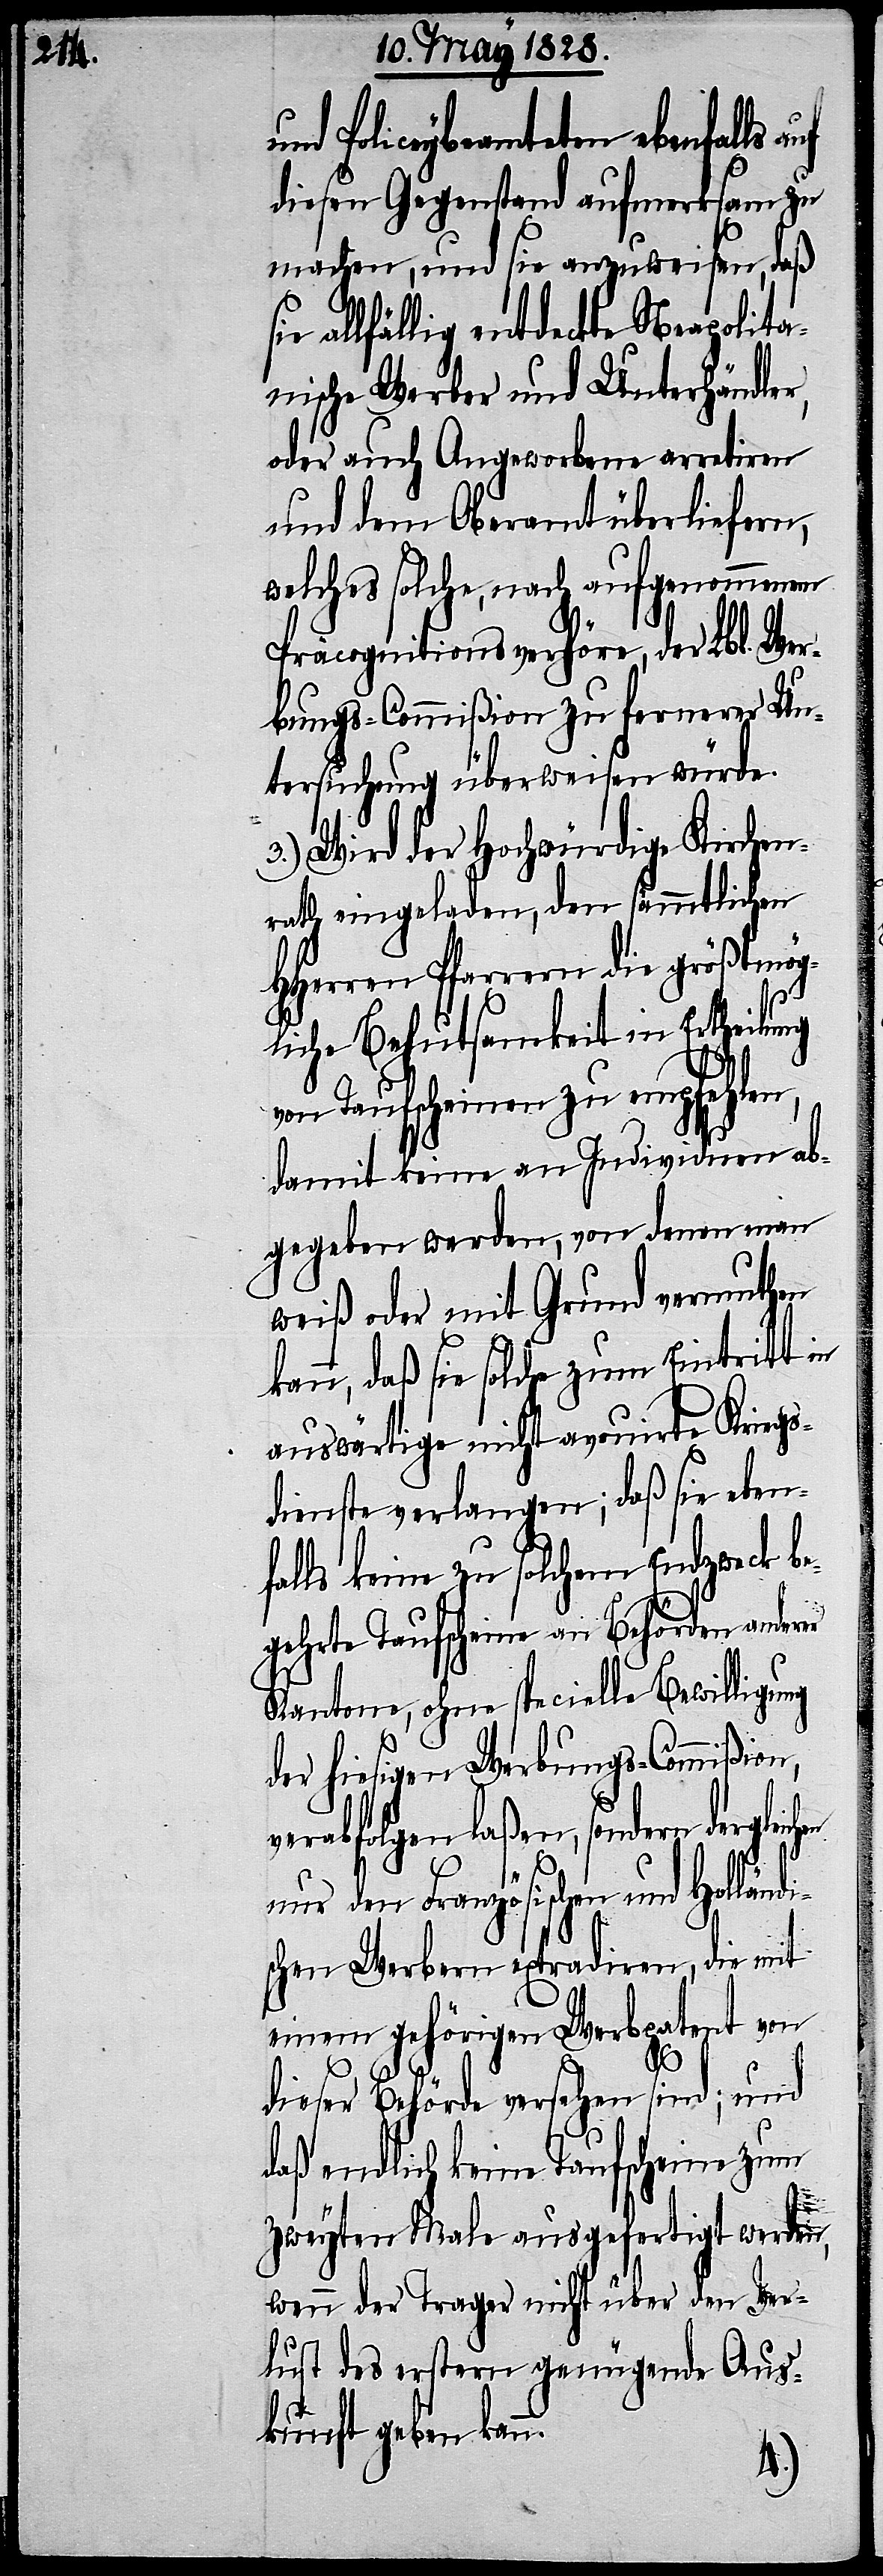
und Policeybeamteten ebenfalls
diesen Gegenstand aufmerksam zu
machen, und sie anzuweisen, daß
allfällig entdeckte Neapolita¬
nische Werber und Unterhändler,
oder auch Angeworbene arretiren
und dem Oberamt überliefern,
welches solche, nach aufgenommenen
Präcognitionsverhöre, der Lbl. Wer¬
bungs-Commißion zu fernerer Un¬
tersuchung überweisen würde.
3.) Wird der Hochwürdige Kirchen¬
rath eingeladen, den sämmtlichen
HHerren Pfarrern die größtmög¬
liche Behutsamkeit in Ertheilung
von Taufscheinen zu empfehlen,
damit keine an Individuen ab¬
gegeben werden, von denen man
weiß oder mit Grund vermuthen
kann, daß sie solche zum Eintritt in
auswärtige nicht avouirte Kriegs¬
dienste verlangen; daß sie eben¬
falls keine zu solchem Endzweck b¬
egehrte Taufscheine an Behörden anderer
Kantone, ohne specielle Bewilligung
der hiesigen Werbungs-Commißion,
verabfolgen laßen, sondern dergleich¬
en
nur den Französischen und Holländi¬
schen Werbern extradiren, die mit
einem gehörigen Werbpatent von
dieser Behörde versehen sind; und
daß endlich keine Taufscheine zum
zweyten Male ausgefertigt werden,
wenn der Träger nicht über den Ver¬
lust des erstern genügende Aus¬
kunft geben kan¬
n.